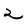
Character: 2